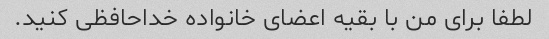
لطفا برای من با بقیه اعضای خانواده خداحافظی کنید.